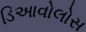
ડિઆવોલોસ